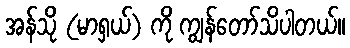
အန်သို (မာရှယ်) ကို ကျွန်တော်သိပါတယ်။